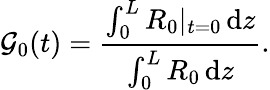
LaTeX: \mathcal{G}_{0}(t)=\frac{\int_{0}^{L}R_{0}|_{t=0}\, \mathrm{d}z}{\int_{0}^{L}R_{0}\, \mathrm{d}z}.